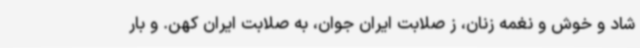
شاد و خوش و نغمه زنان، ز صلابت ایران جوان، به صلابت ایران کهن. و بار